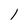
Character: 1